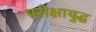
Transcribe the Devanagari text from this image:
परीक्षायुद्ध